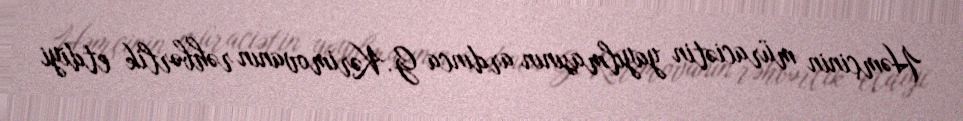
Həmçinin müraciətin yayılmasının ardınca G.Kərimovanın rəhbərlik etdiyi